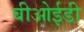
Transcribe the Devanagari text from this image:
बीओईडी